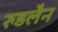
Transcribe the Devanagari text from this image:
रुडलैन